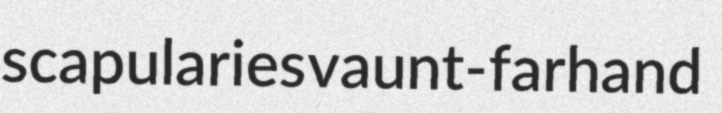
scapularies vaunt- farhand